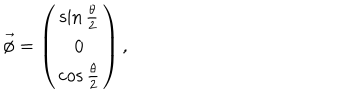
\vec { \phi } = \left( \begin{array} { c } { { \sin \frac { \theta } { 2 } } } \\ { { 0 } } \\ { { \cos \frac { \theta } { 2 } } } \\ \end{array} \right) ,